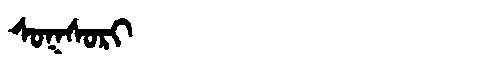
Manchu: ᠰᠣᡴᠰᠣᡵᡳ
Romanization: SOKSORI